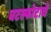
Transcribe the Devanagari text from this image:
घटस्फोटाचे